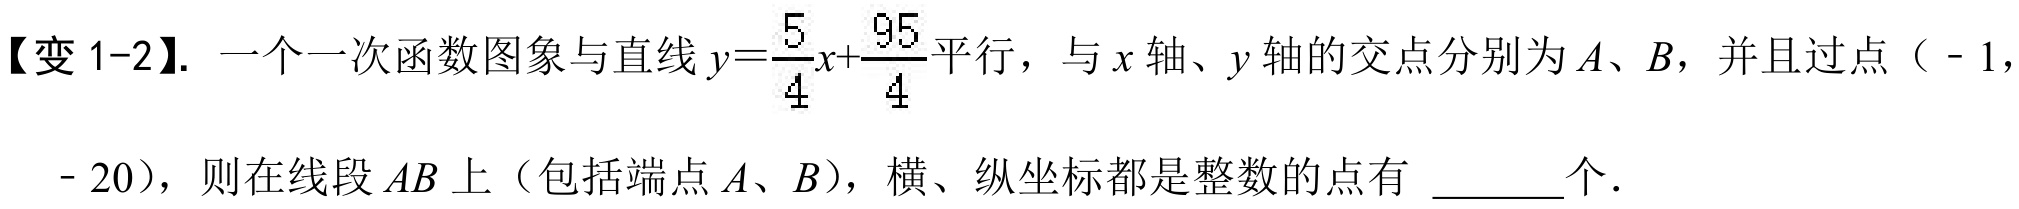
【变 1-2】. 一个一次函数图象与直线\(y = \dfrac{5}{4}x+\dfrac{95}{4}\)平行，与\(x\)轴、\(y\)轴的交点分别为\(A\)、\(B\)，并且过点（\(-1\)，\(- 20\)），则在线段\(AB\)上（包括端点\(A\)、\(B\)），横、纵坐标都是整数的点有 \_\_\_\_个．